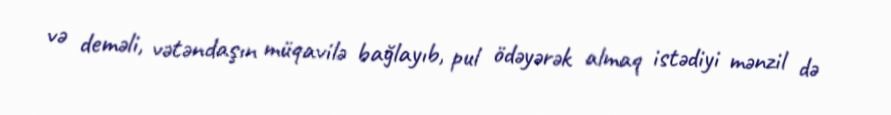
və deməli, vətəndaşın müqavilə bağlayıb, pul ödəyərək almaq istədiyi mənzil də